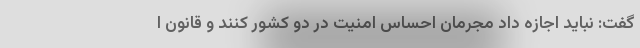
گفت: نباید اجازه داد مجرمان احساس امنیت در دو کشور کنند و قانون ا